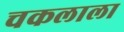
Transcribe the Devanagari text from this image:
चकलाला